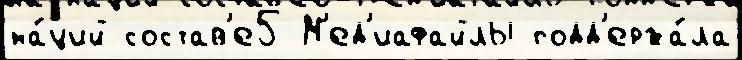
на́ций состав'е5 М'ед'иафайлы подд'ержа́ла